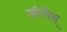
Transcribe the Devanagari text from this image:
जीवित्